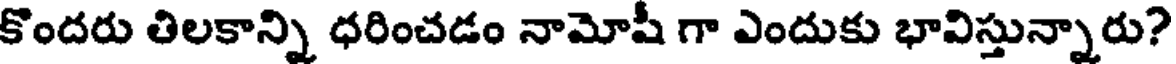
కొందరు తిలకాన్ని ధరించడం నామోషీ గా ఎందుకు భావిస్తున్నారు?